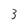
Character: 3